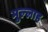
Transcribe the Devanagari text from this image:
मुल्‍लाह